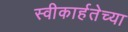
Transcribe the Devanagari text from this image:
स्वीकार्हतेच्या